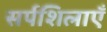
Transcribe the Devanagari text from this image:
सर्पशिलाएँ